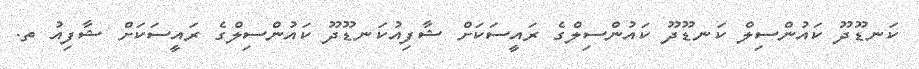
ކަނޑޫދޫ ކައުންސިލް ކަނޑޫދޫ ކައުންސިލްގެ ރައީސަކަށް ޝާފިއުކަނޑޫދޫ ކައުންސިލްގެ ރައީސަކަށް ޝާފިއު ތ.